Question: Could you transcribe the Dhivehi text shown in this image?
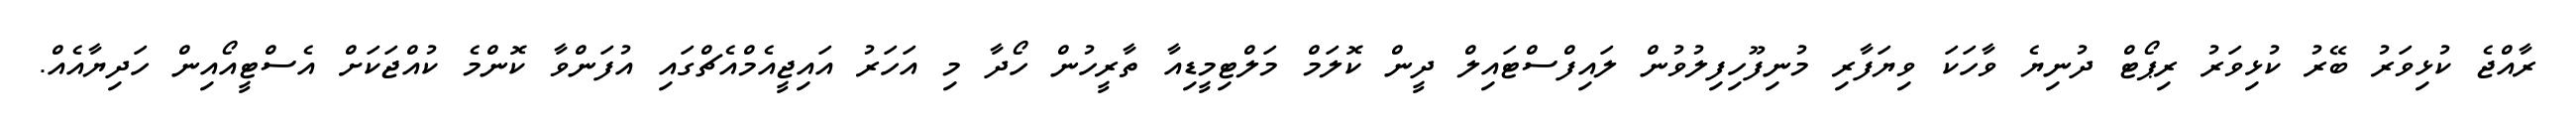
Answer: ރާއްޖެ ކުޅިވަރު ބޭރު ކުޅިވަރު ރިޕޯޓް ދުނިޔެ ވާހަކަ ވިޔަފާރި މުނިފޫހިފިލުވުން ލައިފްސްޓައިލް ދީން ކޮލަމް މަލްޓިމީޑިއާ ތާރީހުން ހޯދާ މި އަހަރު އައިޖީއެމްއެޗްގައި އުފަންވާ ކޮންމެ ކުއްޖަކަށް އެސްޓީއޯއިން ހަދިޔާއެއް.